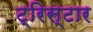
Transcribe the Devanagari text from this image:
ट्रिस्‍टार